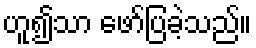
ဟူ၍သာ ဖော်ပြခဲ့သည်။